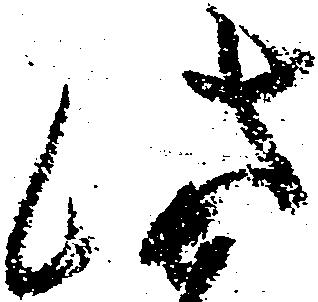
此